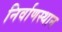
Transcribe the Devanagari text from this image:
निर्वाणस्थान